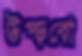
উপ্‌ড়বো